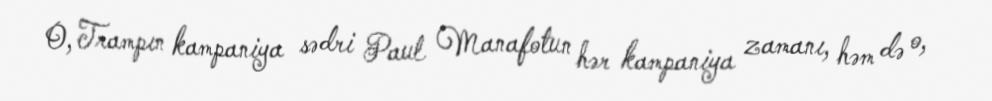
O, Trampın kampaniya sədri Paul Manafotun hər kampaniya zamanı, həm də o,